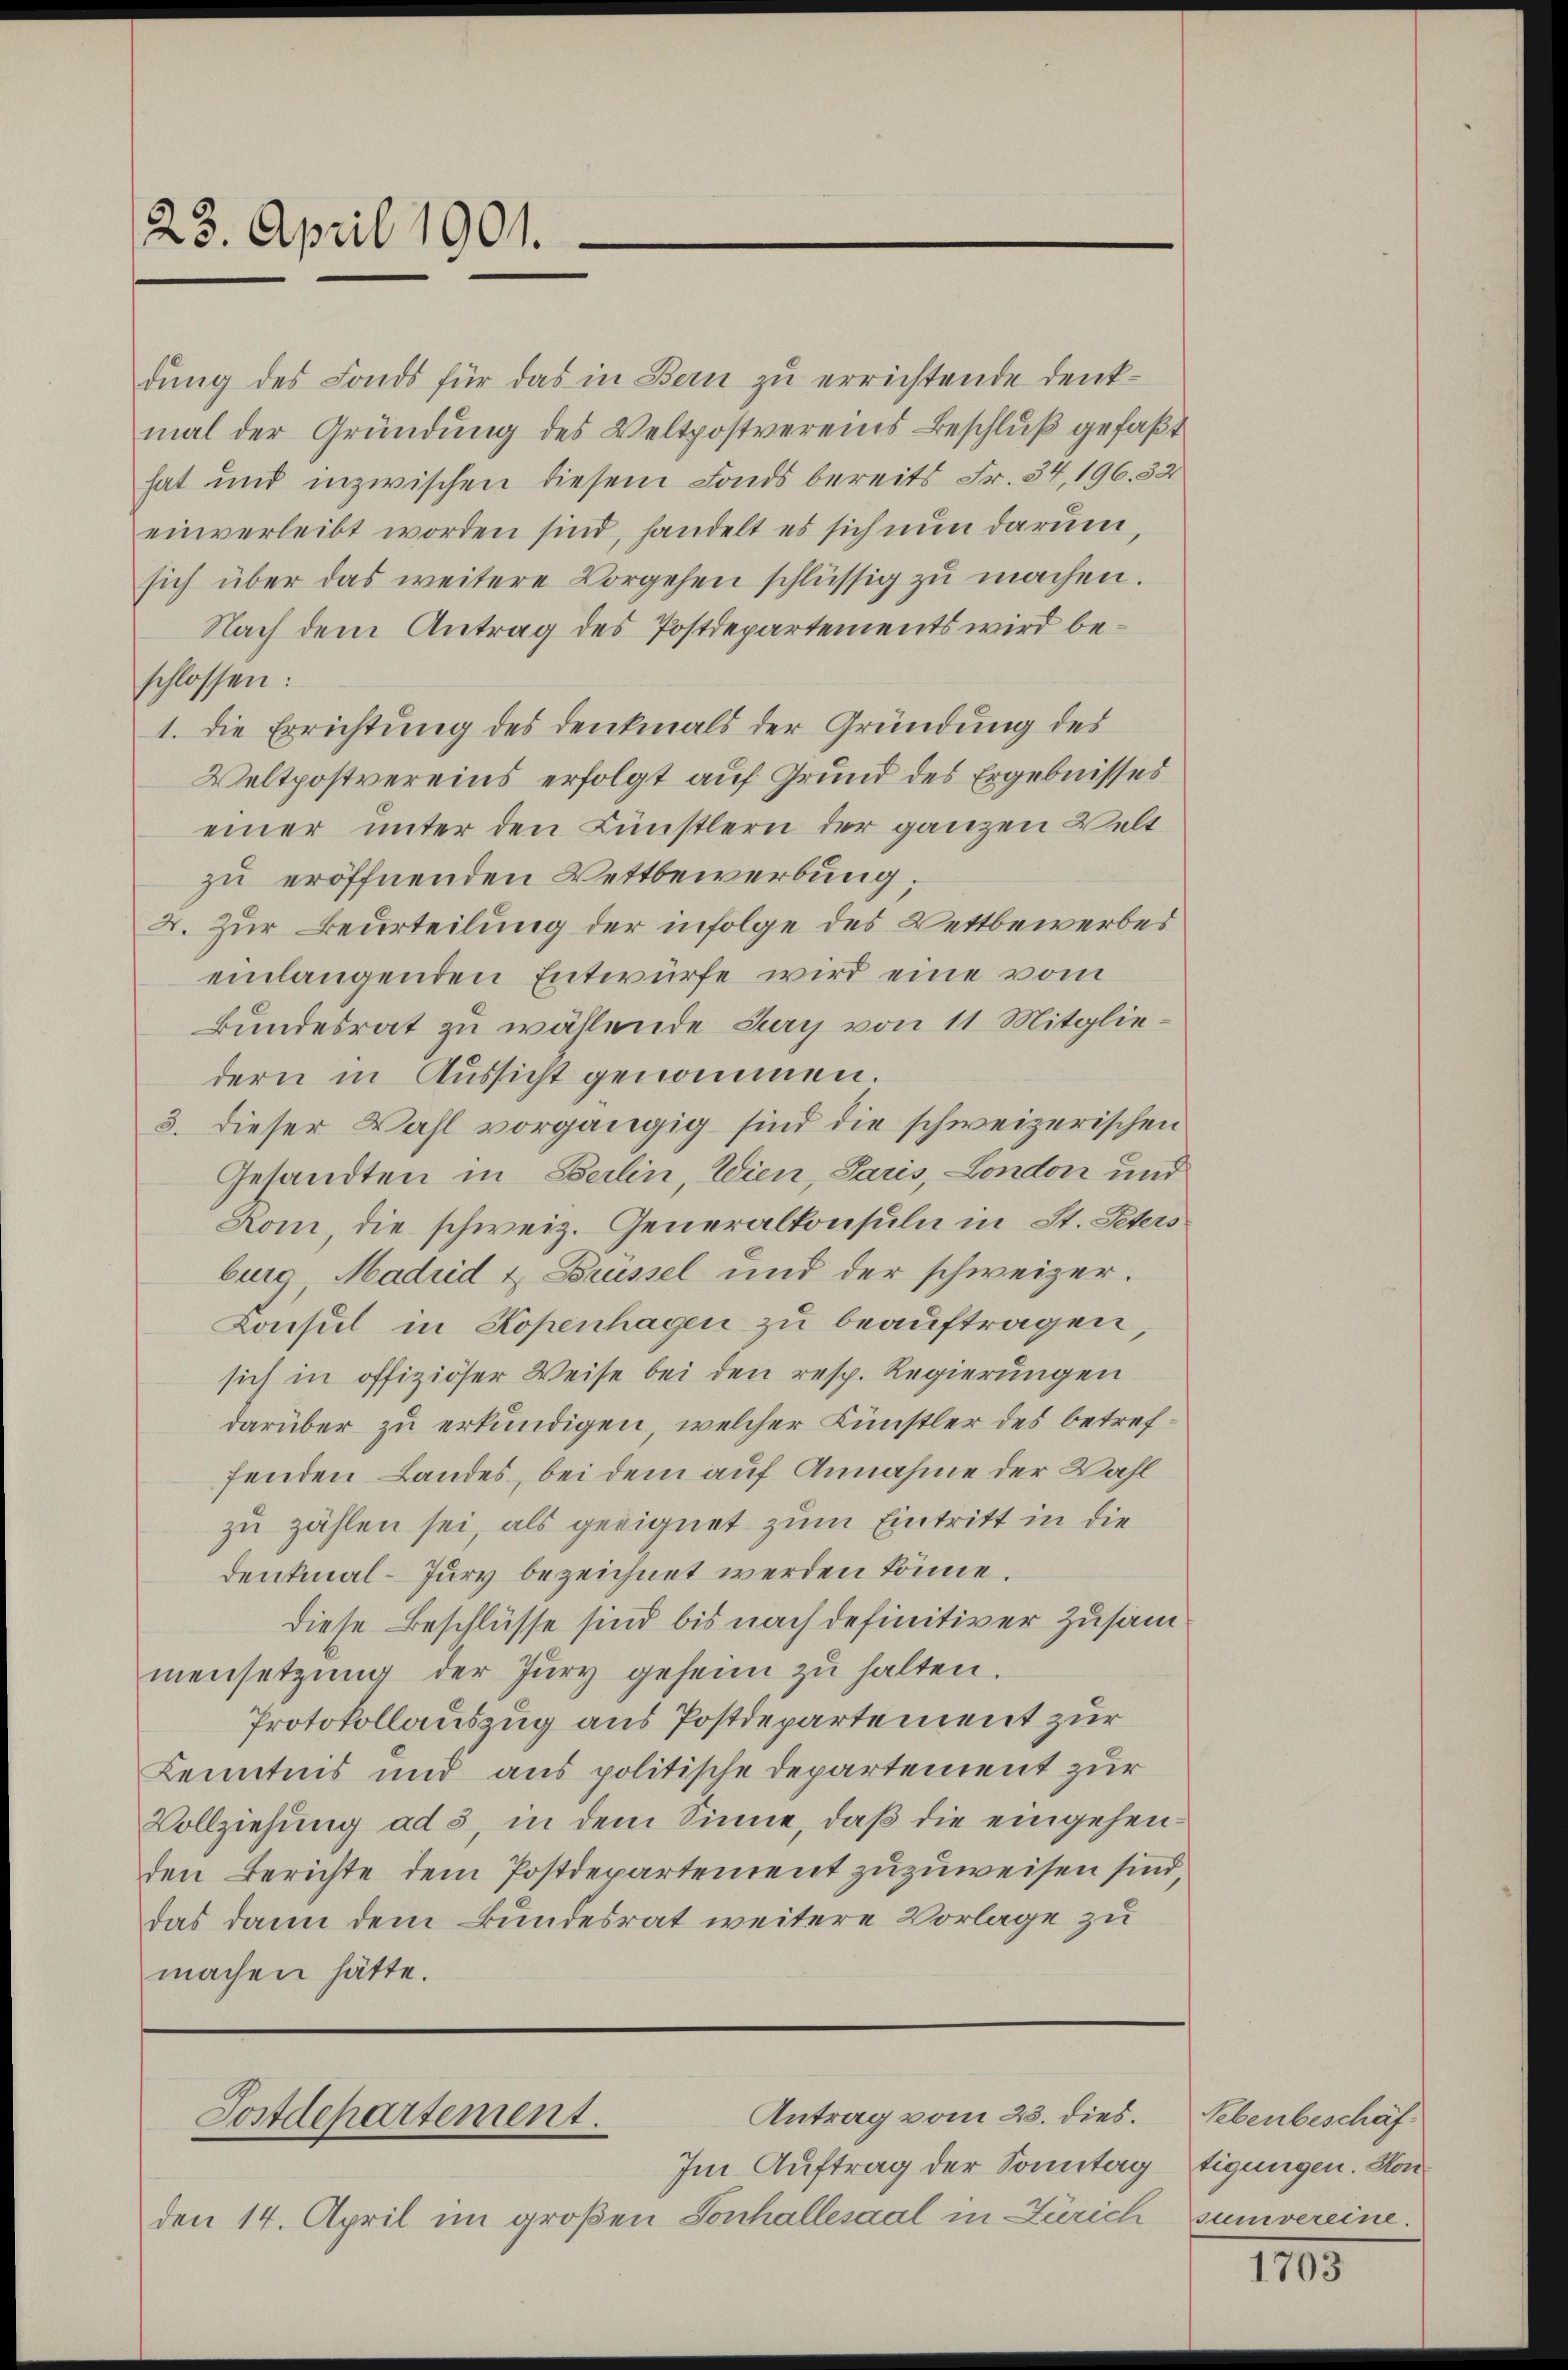
23. April 1901.

dung des Fonds für das in Bern zu errichtende Denk-
mal der Gründung des Veltpostvereins Beschlŭβ gefaßt
hat und inzwischen diesem Fonds bereits Fr. 34, 196. 32
einverleibt worden sind, handelt es sich nun darum,
sich über das weitere Vorgehen schlüssig zŭ machen.
Nach dem Antrag des Postdepartements wird beschlossen:
1. Die Errichtung des Denkmals der Gründung des
Veltpostvereins erfolgt auf Grund des Ergebnisses
einer unter den Künstlern der ganzen Welt
zu eröffnenden Wettbewerbung.
X. Zur Beurteilung der infolge des Wettbewerbes
einlangenden Entwürfe wird eine vom
Bundesrat zu wählende Sey von 11 Mitgliedern in Aussicht genommen.
3. dieser Wahl vorgängig sind die schweizerischen
Gesandten in Berlin, Wien, Paris, London und
Kom, die schweiz. Generalkonsuln in St. Peters
burg, Madrid & Brüssel und der schweizer.
Konsul in Kopenhagen zu beauftragen,
sich in offiziöser Weise bei den resp. Regierungen
darüber zu erkundigen, welcher Künstler des betreffenden Landes, bei dem auf Annahme der Wahl
zu zählen sei, als geeignet zum Eintritt in die
Denkmal-Jury bezeichnet werden könne.
diese Beschlüsse sind bis nach definitiver Zusam
mensetzŭng der Jury geheim zu halten.
Protokollauszug aus Postdepartement zur
Kenntnis und aus politische Departement zur
Vollziehung ad 3, in dem Sinne, daß die eingehenden Berichte dem Postdepartement zuzuweisen sind
das dann dem Bundesrat weitere Vorlage zu
machen hätte.

den 14. April im großen Sonhallesaal in Zürich

Antrag vom 23. dies.
Postdepartement.
Im Auftrag der Sonntag

Sebenbeschäftigungen. Hon
sumvereine.

1703